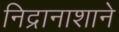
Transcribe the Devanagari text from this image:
निद्रानाशाने